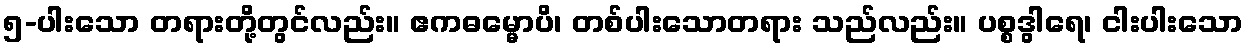
၅-ပါးသော တရားတို့တွင်လည်း။ ဧကဓမ္မောပိ၊ တစ်ပါးသောတရား သည်လည်း။ ပစ္စဒွါရေ၊ ငါးပါးသော